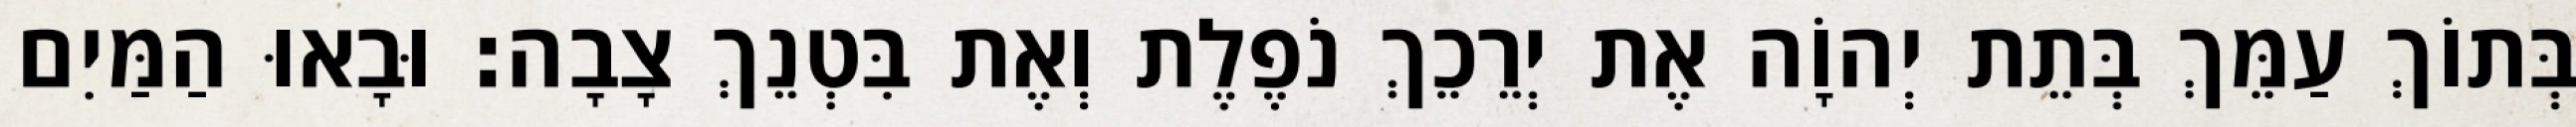
בְּתוֹךְ עַמֵּךְ בְּתֵת יְהוָֹה אֶת יְרֵכֵךְ נֹפֶלֶת וְאֶת בִּטְנֵךְ צָבָה׃ וּבָאוּ הַמַּיִם